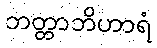
ဘတ္တာဘိဟာရံ